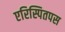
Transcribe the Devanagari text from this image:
एरिस्पितपस